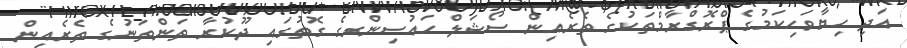
އަދި ހިޔާވަހިކަމުގެ ޕްރޮގްރާމްތަކުގެ ތެރެއިން ސޯޝަލް ހައުސިންގގެ ގޮތުގައި ދޫކުރާ ތަންތަނުގެ ތެރެއިން